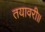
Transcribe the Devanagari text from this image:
तयावरी॥